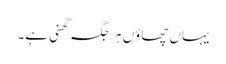
یہاں چھاوٴں ہر جگہ گھنی ہے۔